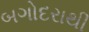
બગોદરાથી